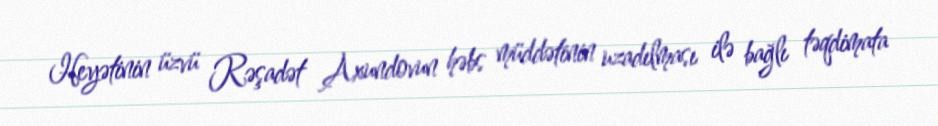
Heyətinin üzvü Rəşadət Axundovun həbs müddətinin uzadılması ilə bağlı təqdimata